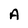
Character: A